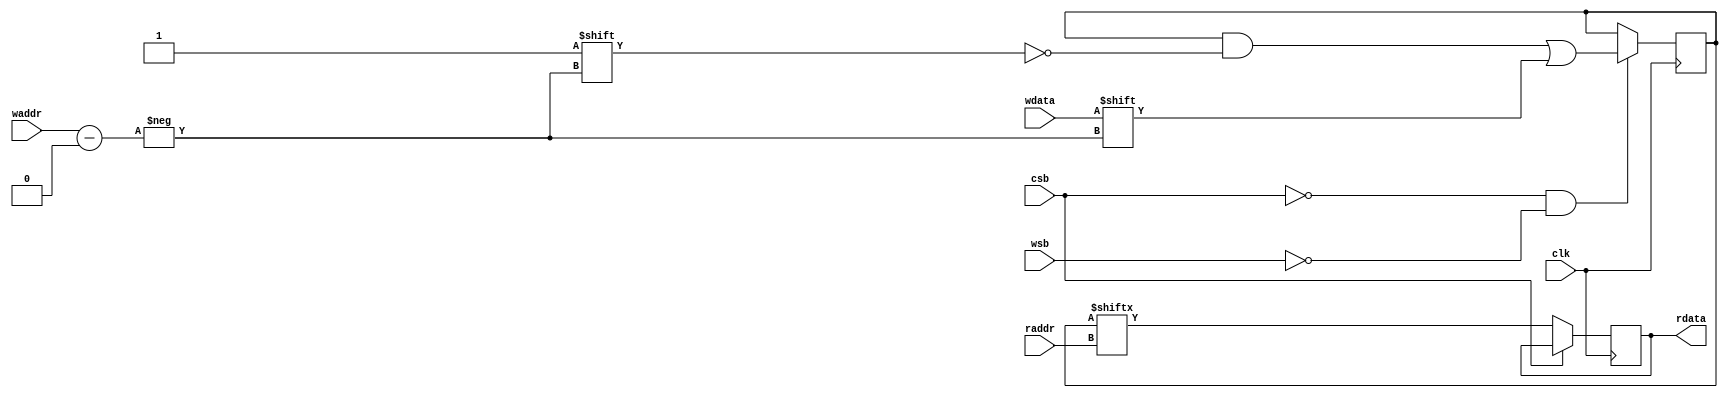
//Behavioral model for SRAM 4096x1b

module sram_4096x1b(
input clk,
input csb,  //chip enable
input wsb,  //write enable
input wdata, //write data
input [11:0] waddr, //write address
input [11:0] raddr, //read address

output reg rdata //read data
);

reg [64*64-1:0] mem;

always@(negedge clk) begin
	if(~csb && ~wsb)
    	mem[waddr] <= wdata;
end

always@(negedge clk) begin
	if(~csb)
    	rdata <= mem[raddr];
end

//=== only read 25x25 bmp with 1078-byte header ==
task bmp2sram(
input [31:0] pat_no,
input [1:0] RANK
);

reg [20*8-1:0] bmp_filename;
integer this_i, this_j;
integer file_in;
reg [7:0] char_in;

begin
	if(RANK==0)
    	bmp_filename = "bmp/RANK_C/00.bmp";
   	else if(RANK==1)
    	bmp_filename = "bmp/RANK_B/00.bmp";
   	else
    	bmp_filename = "bmp/RANK_A/00.bmp";

   	bmp_filename[6*8-1:5*8] = (pat_no%100)/10+48;
   	bmp_filename[5*8-1:4*8] = pat_no%10+48;
   
   	file_in = $fopen(bmp_filename,"rb");
   
   	for(this_i=0; this_i<1078; this_i=this_i+1)
    	char_in = $fgetc(file_in);

   	for(this_i=64-1; this_i>=0; this_i=this_i-1) begin
    	for(this_j=0; this_j<64; this_j=this_j+1) begin //four-byte alignment
       		char_in = $fgetc(file_in);
         	mem[{this_i[5:0], this_j[5:0]}] = ~(char_in > 8'd128); //black means one
     	end
    end

   	$fclose(file_in);
end

endtask

//display the QR code in 64x64 SRAM
task display_sram;
integer this_i, this_j;

begin
    for(this_i=0; this_i<64; this_i=this_i+1) begin
       	for(this_j=0; this_j<64; this_j=this_j+1) begin
          	$write("%b ",mem[{this_i[5:0], this_j[5:0]}]);
       	end
       	$write("\n");
    end
end

endtask


endmodule